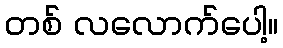
တစ် လလောက်ပေါ့။